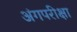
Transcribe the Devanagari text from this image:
अंगपरीक्षा